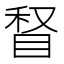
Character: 𰥥